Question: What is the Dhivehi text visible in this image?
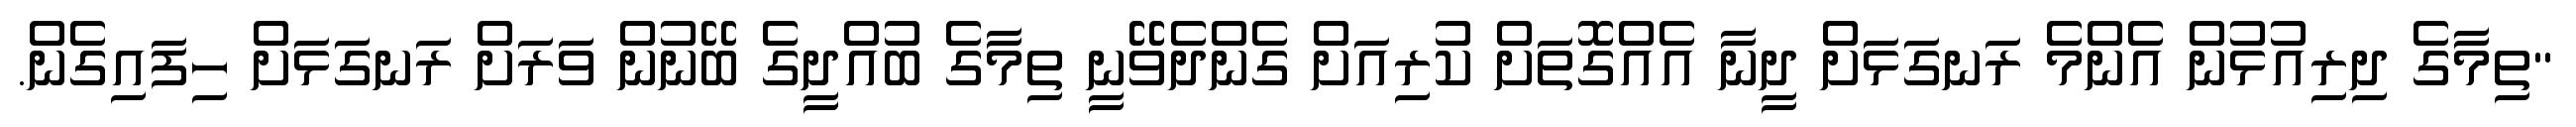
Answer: "ތިމާގެ ދިރިއުޅުން އެންމެ ރަނގަޅަށް ދީނާ އެއްގޮތަށް ކުރިއަށް ގެންދެވޭނީ ތިމާގެ ބުއްދީގެ ބޭނުން ވަރަށް ރަނގަޅަށް ހިފައިގެން.